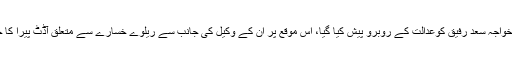
نیب کی جانب سے خواجہ سعد رفیق کوعدالت کے روبرو پیش کیا گیا، اس موقع پر ان کے وکیل کی جانب سے ریلوے خسارے سے متعلق آڈٹ پیرا کا جواب جمع کرایا گیا۔